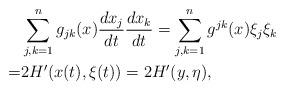
LaTeX: \begin{align*}& \sum_{j,k=1}^n g_{jk}(x)\frac{dx_j}{dt}\frac{dx_k}{dt}=\sum_{j,k=1}^n g^{jk}(x)\xi_j\xi_k\\=& 2H'(x(t),\xi(t))=2H'(y,\eta),\end{align*}